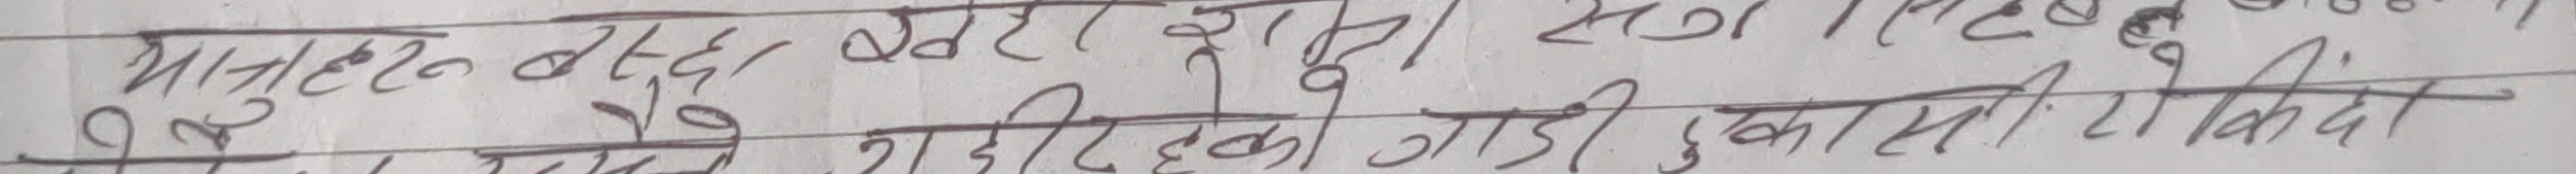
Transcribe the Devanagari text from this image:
मान्छेहरु बसेका छन् / र खुसी हुन्छ।
२/१० बजे गाडी निकासी किन्दा